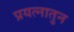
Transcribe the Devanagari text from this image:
प्रयत्नातुन